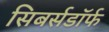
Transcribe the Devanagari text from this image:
सिबर्सडॉर्फ